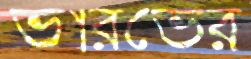
ভারভের